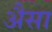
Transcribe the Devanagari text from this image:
अैसा